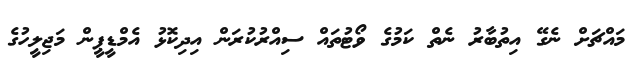
މައްޗަށް ނެގޭ އިތުބާރު ނެތް ކަމުގެ ވޯޓުތައް ސިއްރުކުރަން އިދިކޮޅު އެމްޑީޕީން މަޖިލީހުގެ